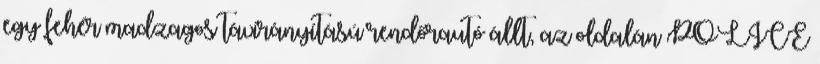
egy fehér madzagos távirányítású rendőrautó állt, az oldalán POLICE